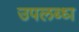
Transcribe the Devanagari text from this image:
उपलब्ध्‍ा